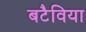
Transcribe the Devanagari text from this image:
बटैविया